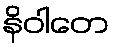
နိဝါတေ